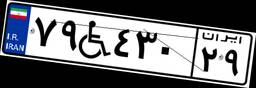
۷۹W۴۳۰۲۹